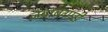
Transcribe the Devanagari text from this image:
जबाबगारी